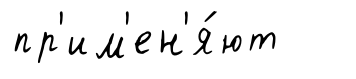
пр'им'ен'я́ют